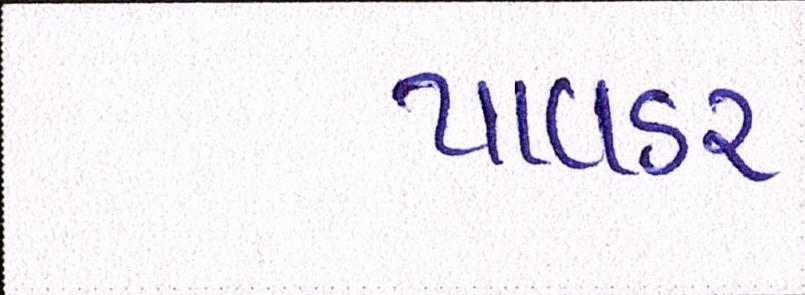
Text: પાવડર